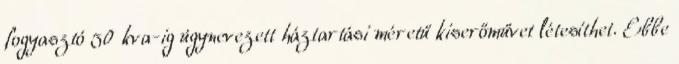
fogyasztó 50 kva-ig úgynevezett háztartási méretű kiserőművet létesíthet. Ebbe